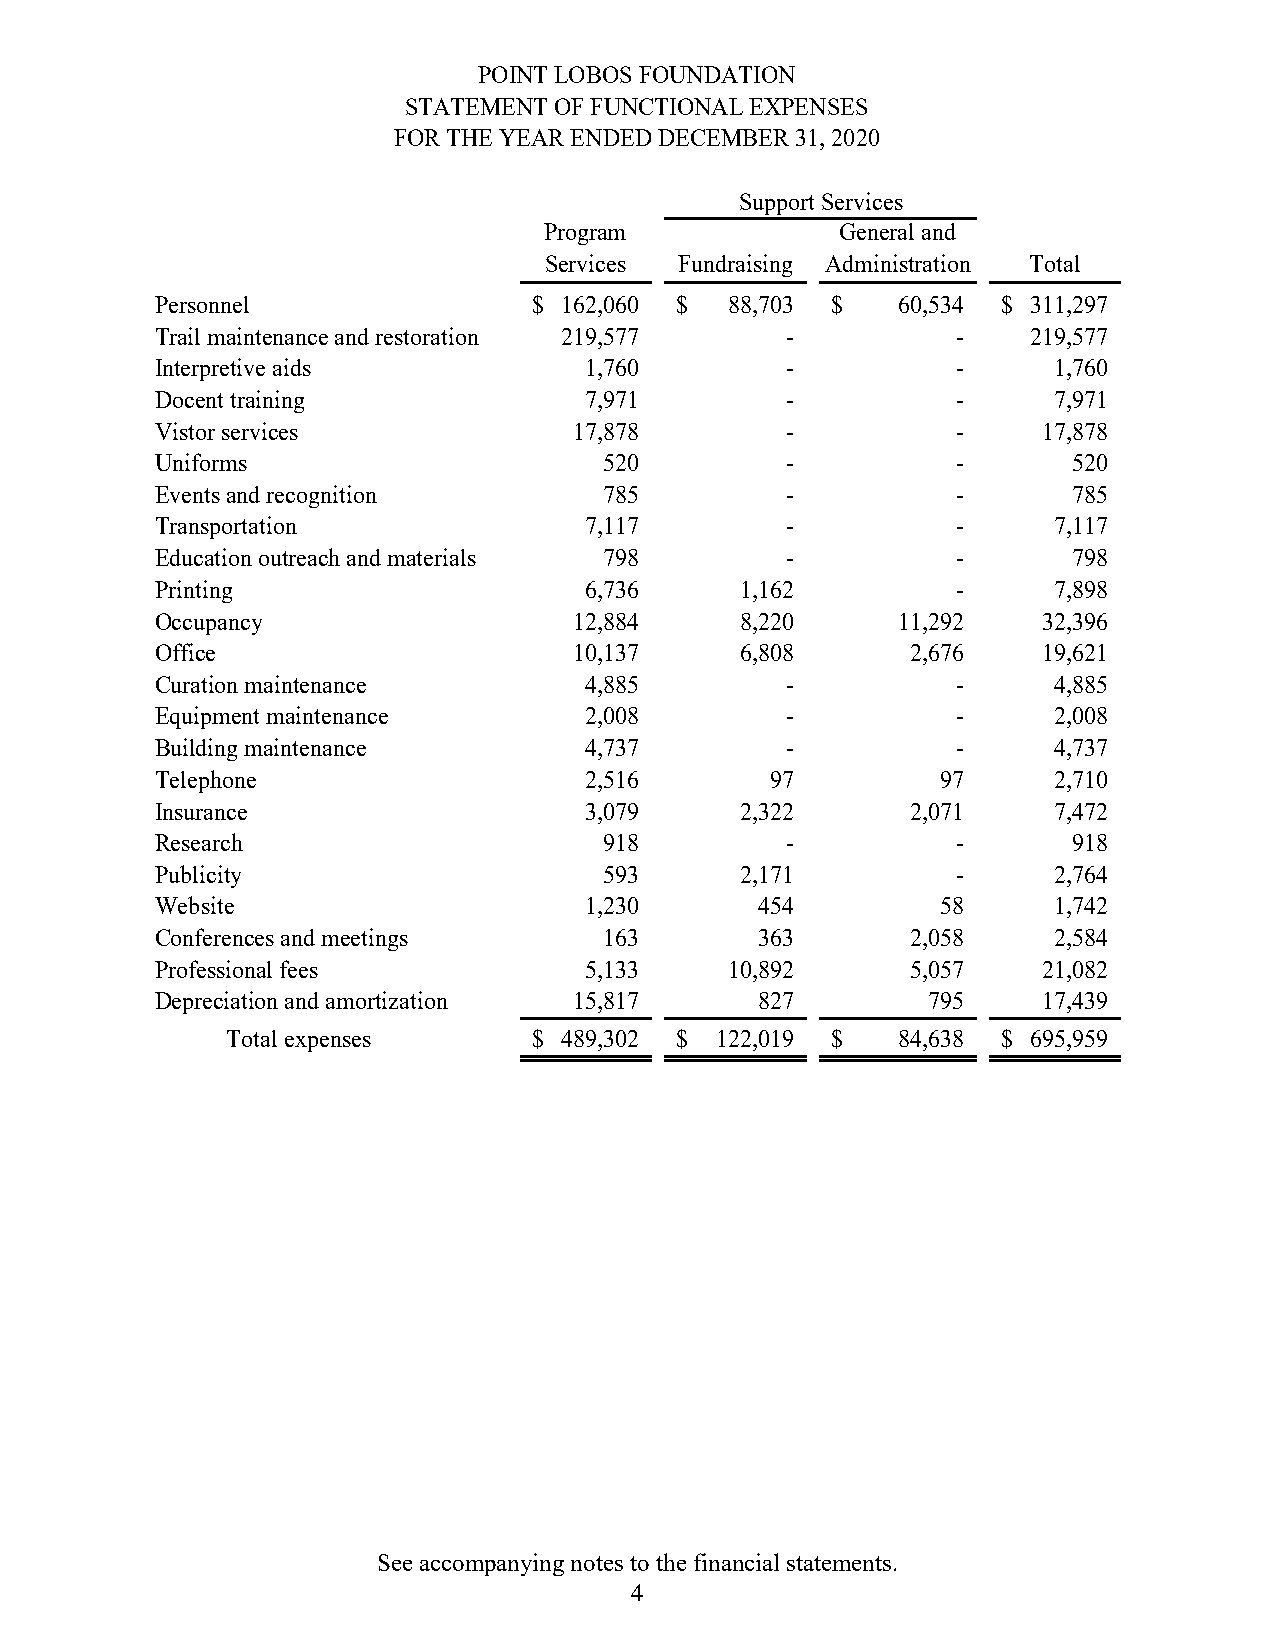
POINT LOBOS FOUNDATION
 STATEMENT OF FUNCTIONAL EXPENSES
 FOR THE YEAR ENDED DECEMBER 31, 2020
 Support Services
 Program             General and
 Services Fundraising Administration Total
 Personnel                $ 162,060 $  88,703 $   60,534 $ 311,297
 Trail maintenance and restoration 219,577 -          -    219,577
 Interpretive aids            1,760        -          -      1,760
 Docent training              7,971        -          -      7,971
 Vistor services             17,878        -          -     17,878
 Uniforms                      520         -          -       520
 Events and recognition        785         -          -       785
 Transportation               7,117        -          -      7,117
 Education outreach and materials 798      -          -       798
 Printing                     6,736     1,162         -      7,898
 Occupancy                   12,884     8,220     11,292    32,396
 Office                      10,137     6,808      2,676    19,621
 Curation maintenance         4,885        -          -      4,885
 Equipment maintenance        2,008        -          -      2,008
 Building maintenance         4,737        -          -      4,737
 Telephone                    2,516       97         97      2,710
 Insurance                    3,079     2,322      2,071     7,472
 Research                      918         -          -       918
 Publicity                     593      2,171         -      2,764
 Website                      1,230      454         58      1,742
 Conferences and meetings      163       363       2,058     2,584
 Professional fees            5,133    10,892      5,057    21,082
 Depreciation and amortization 15,817    827        795     17,439
 Total expenses      $ 489,302 $ 122,019 $   84,638 $ 695,959
 See accompanying notes to the financial statements.
 4